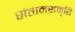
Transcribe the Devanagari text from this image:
संतानसमृद्धि